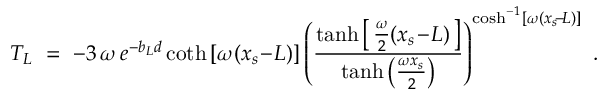
T _ { L } \ = \ - 3 \, \omega \, e ^ { - b _ { L } d } \coth \left[ \omega ( x _ { s } \! - \! L ) \right] \left( \frac { \operatorname { t a n h } \left[ \, \frac { \omega } { 2 } ( x _ { s } \! - \! L ) \, \right] } { \operatorname { t a n h } \left( \frac { \omega x _ { s } } { 2 } \right) } \right) ^ { \cosh ^ { - 1 } \left[ \omega ( x _ { s } \! - \! L ) \right] } \ .